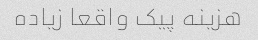
هزینه پیک واقعا زیاده